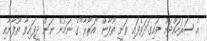
އެ ސަރަހައްދަށް ވައިގަދަވެފައި ވަނީ ތޫފާން "އަރޯރާ"ގެ ނަމުން ނަން ދީފައިވާ ތޫފާނާއި